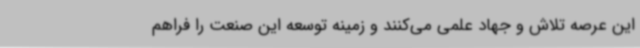
این عرصه تلاش و جهاد علمی می‌کنند و زمینه توسعه این صنعت را فراهم